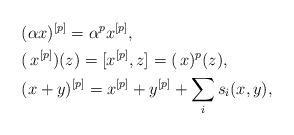
LaTeX: \begin{align*}&(\alpha x)^{[p]}=\alpha^p x^{[p]},\\&(\,x^{[p]})(z)=[x^{[p]},z]=(\,x)^p(z),\\&(x+y)^{[p]}=x^{[p]}+y^{[p]}+\sum_i s_i(x,y),\end{align*}